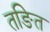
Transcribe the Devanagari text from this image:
तङित